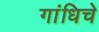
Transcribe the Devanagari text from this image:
गांधिचे